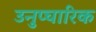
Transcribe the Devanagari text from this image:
उनुप्चारिक